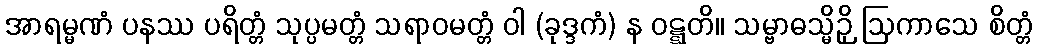
အာရမ္မဏံ ပနဿ ပရိတ္တံ သုပ္ပမတ္တံ သရာဝမတ္တံ ဝါ (ခုဒ္ဒကံ) န ဝဋ္ဋတိ။ သမ္ဗာဓသ္မိဉှိ ဩကာသေ စိတ္တံ